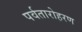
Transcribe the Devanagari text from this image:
पर्वतारोहरण